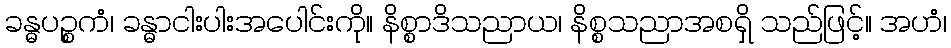
ခန္ဓပဉ္စကံ၊ ခန္ဓာငါးပါးအပေါင်းကို။ နိစ္စာဒိသညာယ၊ နိစ္စသညာအစရှိ သည်ဖြင့်။ အဟံ၊